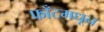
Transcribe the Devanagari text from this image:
फाँटमधून